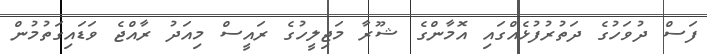
ފަސް ދުވަހުގެ ދަތުރުފުޅެއްގައި އޮމާންގެ ޝޫރާ މަޖިލީހުގެ ރައީސް މިއަދު ރާއްޖެ ވަޑައިގަތުމުން